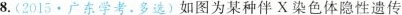
8.(2015·广东学考·多选)如图为某种伴X染色体隐性遗传